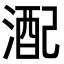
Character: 𪶪